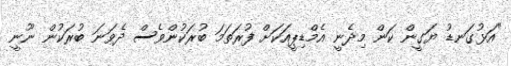
"އަޅުގަނޑު ޔަގީން ކަން މިދެނީ އެމްޑިޕީއަކަށް ފުރަތަމަ ބުރަކުންވެސް ދެވަނަ ބުރަކުން ނޫނީ